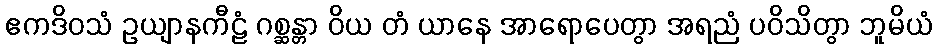
ဧကဒိဝသံ ဥယျာနကီဠံ ဂစ္ဆန္တာ ဝိယ တံ ယာနေ အာရောပေတွာ အရညံ ပဝိသိတွာ ဘူမိယံ